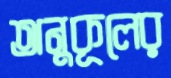
অনুকূলের